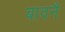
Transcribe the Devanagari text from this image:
बावनै